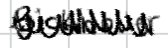
Text: Bicknoller
Cross-out: zig-zag
Writing tool: digital_black